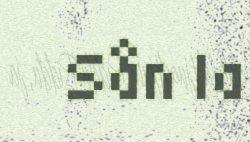
Sån la